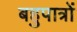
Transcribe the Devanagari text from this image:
बहुपात्रों